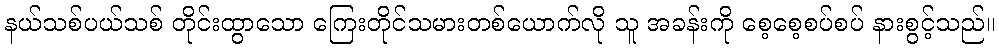
နယ်သစ်ပယ်သစ် တိုင်းထွာသော ကြေးတိုင်သမားတစ်ယောက်လို သူ အခန်းကို စေ့စေ့စပ်စပ် နားစွင့်သည်။